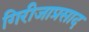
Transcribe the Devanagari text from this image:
गिरीजाप्रसाद